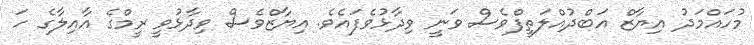
މުހައްމަދު އިޔާޒް އަބްދުއްލަތީފްވެސް ވަނީ ވިދާޅުވެފައެވެ. އިޔާޒްވެސް ވިދާޅުވީ ރީމްގެ އާއިލާގެ ހަ